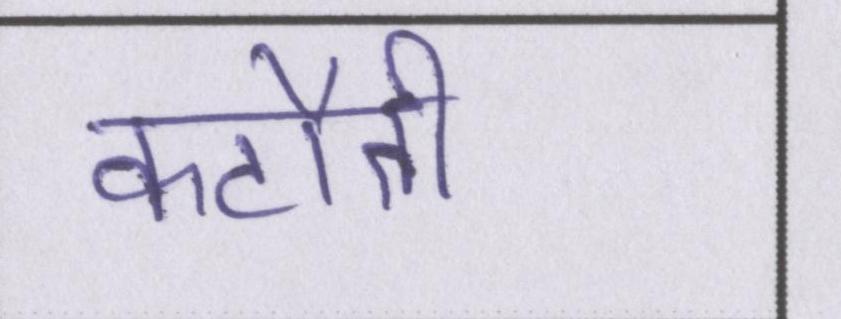
कटौती